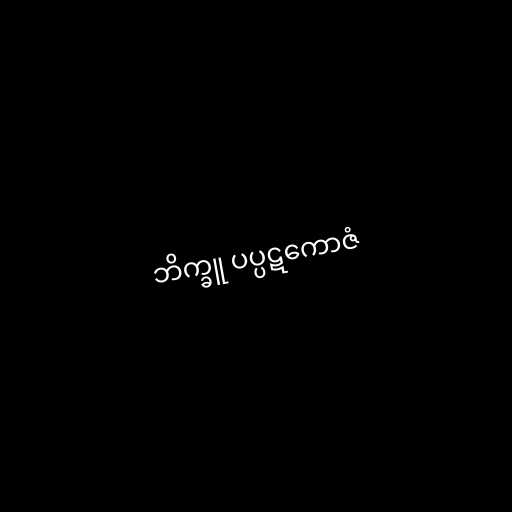
ဘိက္ခူ ပပ္ပဋကောဇံ